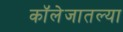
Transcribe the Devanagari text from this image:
कॉलेजातल्या